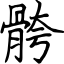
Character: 骻